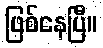
ဖြစ်နေပြီ။